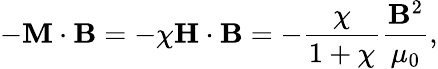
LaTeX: -\mathbf{M}\cdot\mathbf{B}=-\chi\mathbf{H}\cdot\mathbf{B}=-{\frac{\chi}{1+\chi}}{\frac{\mathbf{B}^{2}}{\mu_{0}}},